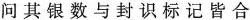
问 其 银 数 与 封 识 标 记 皆 合